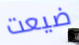
ضيعت